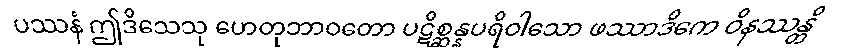
ပဿနံ ဤဒိသေသု ဟေတုဘာဝတော ပဋိစ္ဆန္နပရိဝါသော ဖဿာဒိကေ ဝိနဿန္တိ